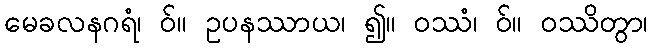
မေခလနဂရံ၊ ဝ်။ ဥပနဿာယ၊ ၍။ ဝဿံ၊ ဝ်။ ဝဿိတွာ၊